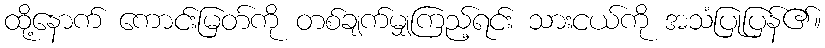
ထို့နောက် ကောင်းမြတ်ကို တစ်ချက်မျှကြည့်ရင်း သားငယ်ကို အသံပြုပြန်၏။